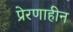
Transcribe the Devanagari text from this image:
प्रेरणाहीन